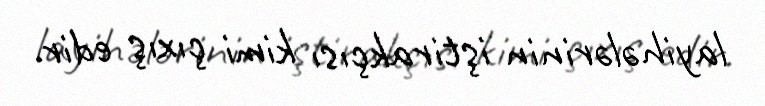
layihələrinin iştirakçısı kimi çıxış edir.